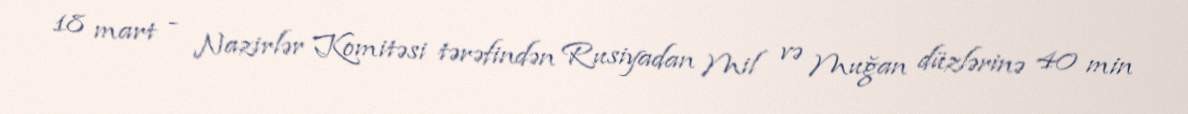
18 mart - Nazirlər Komitəsi tərəfindən Rusiyadan Mil və Muğan düzlərinə 40 min